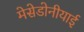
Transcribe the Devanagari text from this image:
मेसेडोनीयाई